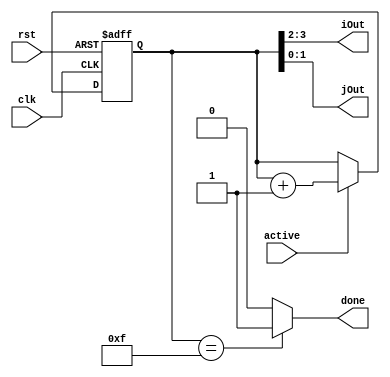
module ReadAddress(clk, rst, active, iOut, jOut, done);

    input wire[0:0] clk, rst, active;

    output wire[0:0] done;
    output wire[1:0] iOut, jOut;

    reg[3:0] counter;

    always @(posedge clk, posedge rst) begin
        if(rst) counter <= 4'b0;
        else if(active) counter <= counter + 1;
    end

    assign {iOut, jOut} = counter;
    assign done = (counter == 4'd15) ? 1'b1 : 1'b0;

endmodule